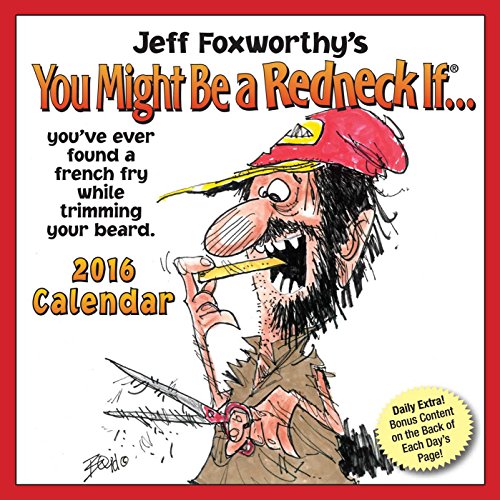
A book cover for Jeff Foxworthy's You Might Be A Redneck If... 2016 Day-to-Day Calendar; Jeff Foxworthy; Calendars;